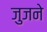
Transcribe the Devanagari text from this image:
जुजने